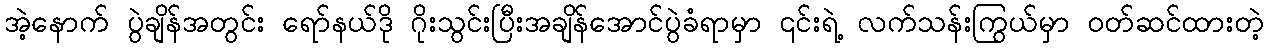
အဲ့နောက် ပွဲချိန်အတွင်း ရော်နယ်ဒို ဂိုးသွင်းပြီးအချိန်အောင်ပွဲခံရာမှာ ၎င်းရဲ့ လက်သန်းကြွယ်မှာ ဝတ်ဆင်ထားတဲ့